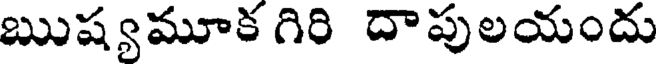
ఋష్యమూక గిరి దాపులయందు